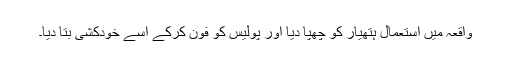
واقعہ میں استعمال ہتھیار کو چھپا دیا اور پولیس کو فون کرکے اسے خودکشی بتا دیا۔